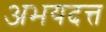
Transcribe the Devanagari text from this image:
अभयदत्त